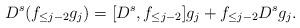
LaTeX: \begin{align*} D^s(f_{\le j-2} g_j) = [D^s, f_{\le j-2}] g_j + f_{\le j-2} D^s g_j.\end{align*}